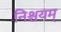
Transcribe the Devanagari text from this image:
निश्चयम्